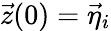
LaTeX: \vec{z}(0)=\vec{\eta}_{i}